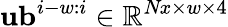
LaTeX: \mathbf{ub}^{i-w:i}\in\mathbb{R}^{\textit{Nx}\times w\times 4}